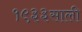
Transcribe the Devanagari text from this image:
१९३३साली